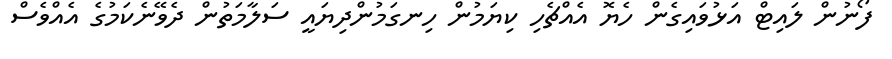
ފޯނުން ލައިޓް އަޅުވައިގެން ހެޔޮ އެއްޗެހި ކިޔަމުން ހިނގަމުންދިޔައީ ސަލާމަތުން ދެވޭނެކަމުގެ އެއްވެސް